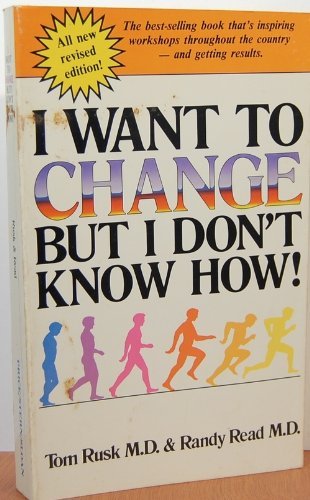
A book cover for I Want to Change But I Don't Know How!; Tom Rusk; Teen & Young Adult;